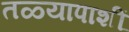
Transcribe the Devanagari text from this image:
तळ्यापाशीं